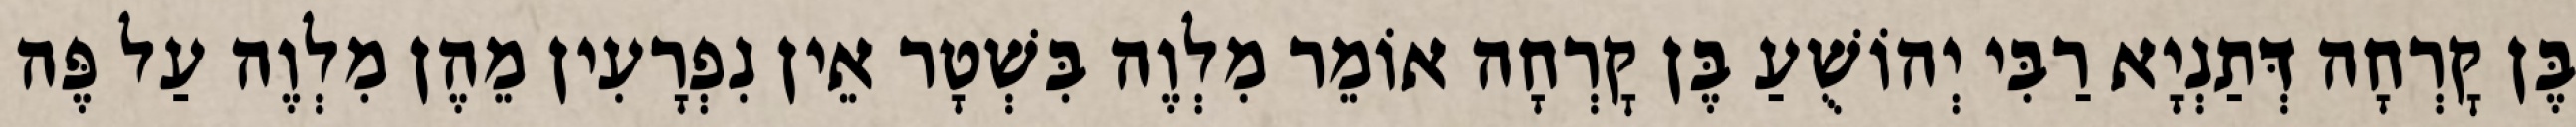
בֶּן קׇרְחָה דְּתַנְיָא רַבִּי יְהוֹשֻׁעַ בֶּן קׇרְחָה אוֹמֵר מִלְוֶה בִּשְׁטָר אֵין נִפְרָעִין מֵהֶן מִלְוֶה עַל פֶּה